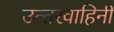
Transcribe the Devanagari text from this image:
उत्‍तरवाहिनी